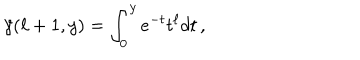
\gamma ( \ell + 1 , y ) = \int _ { 0 } ^ { y } e ^ { - t } t ^ { \ell } d t \, ,